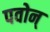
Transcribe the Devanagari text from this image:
पवोन्